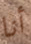
أنا